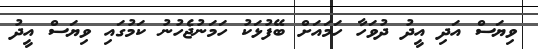
ވިޔަސް އަދި އީދު ދުވަހާ ހަމައަށް ބޭފުޅަކު ހަމަނުޖެހުނު ކަމުގައި ވިޔަސް އީދު